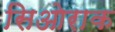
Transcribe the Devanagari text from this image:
सिओराक